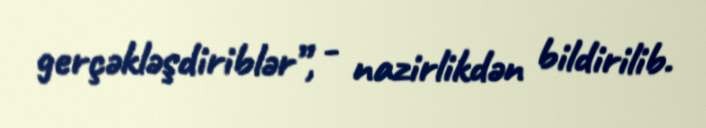
gerçəkləşdiriblər”, - nazirlikdən bildirilib.